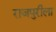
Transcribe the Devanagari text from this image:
राजपुरीला